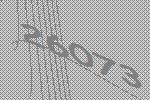
26073